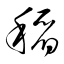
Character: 稻